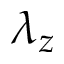
\lambda _ { z }